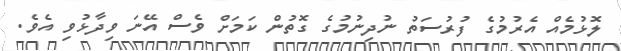
ލޮޅުމެއް އެރުމުގެ ފުރުސަތު ނުދިނުމުގެ ގޮތުން ކަމަށް ވެސް އޭނަ ވިދާޅުވި އެވެ.